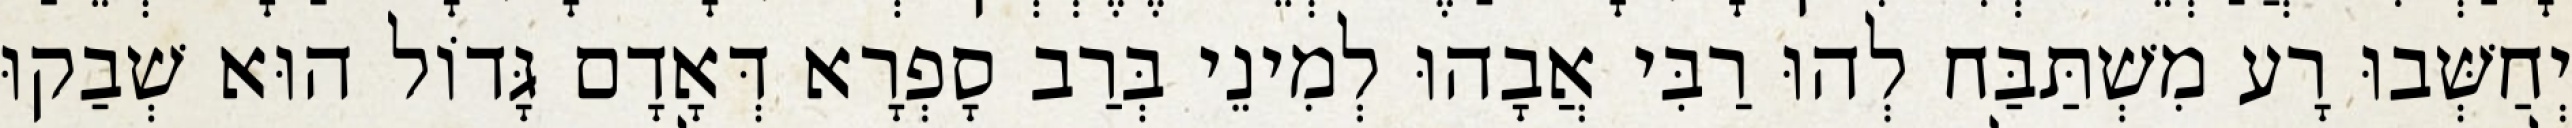
יְחַשְּׁבוּ רָע מִשְׁתַּבַּח לְהוּ רַבִּי אֲבָהוּ לְמִינֵי בְּרַב סָפְרָא דְּאָדָם גָּדוֹל הוּא שְׁבַקוּ